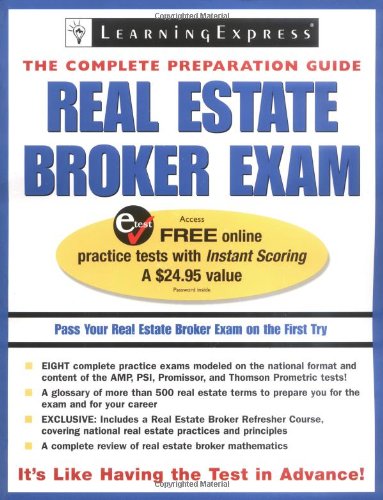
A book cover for Real Estate Broker Exam (Real Estate Broker Exam: The Complete Preparation Guide); LearningExpress LLC Editors; Business & Money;